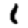
Digit: 1